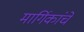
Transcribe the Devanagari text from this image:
मार्गिकांचे